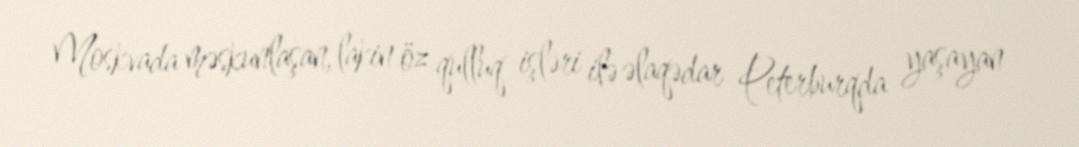
Moskvada məskunlaşan, lakin öz qulluq işləri ilə əlaqədar Peterburqda yaşayan